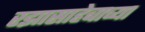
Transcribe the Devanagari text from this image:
रझासाहेबाच्या